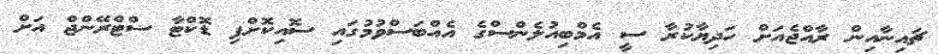
ޗައިނާއިން ރާއްޖެއަށް ހަދިޔާކުރާ ސީ އެމްބިއުލެންސްގެ އެއްބަސްވުމުގައި ސޮއިކޮށްފި ޑޮކްޓާ ސްޓްރޭންޖް އަށް